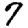
Digit: 7